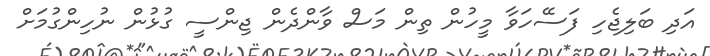
އަދި ބަލިޖެހި ފަސޭހަވާ މީހުން ތިން މަސް ވާންދެން ޖިންސީ ގުޅުން ނުހިންގުމަށް